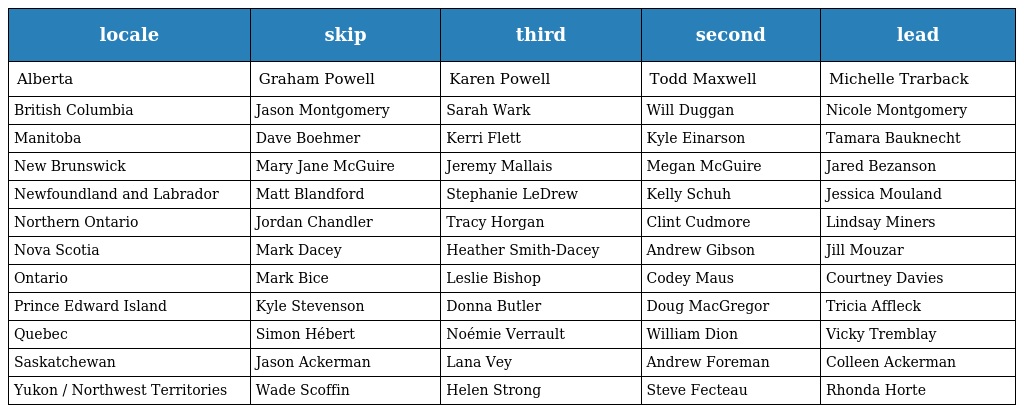
| locale | skip | third | second | lead |
 | --- | --- | --- | --- | --- |
 | Alberta | Graham Powell | Karen Powell | Todd Maxwell | Michelle Trarback |
 | British Columbia | Jason Montgomery | Sarah Wark | Will Duggan | Nicole Montgomery |
 | Manitoba | Dave Boehmer | Kerri Flett | Kyle Einarson | Tamara Bauknecht |
 | New Brunswick | Mary Jane McGuire | Jeremy Mallais | Megan McGuire | Jared Bezanson |
 | Newfoundland and Labrador | Matt Blandford | Stephanie LeDrew | Kelly Schuh | Jessica Mouland |
 | Northern Ontario | Jordan Chandler | Tracy Horgan | Clint Cudmore | Lindsay Miners |
 | Nova Scotia | Mark Dacey | Heather Smith-Dacey | Andrew Gibson | Jill Mouzar |
 | Ontario | Mark Bice | Leslie Bishop | Codey Maus | Courtney Davies |
 | Prince Edward Island | Kyle Stevenson | Donna Butler | Doug MacGregor | Tricia Affleck |
 | Quebec | Simon Hébert | Noémie Verrault | William Dion | Vicky Tremblay |
 | Saskatchewan | Jason Ackerman | Lana Vey | Andrew Foreman | Colleen Ackerman |
 | Yukon / Northwest Territories | Wade Scoffin | Helen Strong | Steve Fecteau | Rhonda Horte |